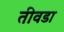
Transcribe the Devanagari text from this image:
तीवडा